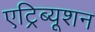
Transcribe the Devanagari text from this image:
एट्रिब्यूशन